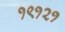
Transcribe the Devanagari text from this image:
१९१२१